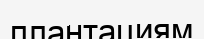
плантациям